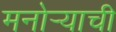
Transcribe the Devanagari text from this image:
मनोर्‍याची